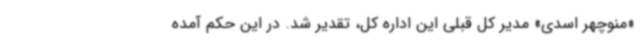
«منوچهر اسدی» مدیر کل قبلی این اداره کل، تقدیر شد. در این حکم آمده